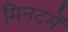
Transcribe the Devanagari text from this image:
मिनटमें